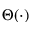
\Theta ( \cdot )